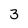
Character: 3